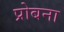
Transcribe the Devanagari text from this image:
प्रोबना